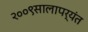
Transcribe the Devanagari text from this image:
२००९सालापर्यंत